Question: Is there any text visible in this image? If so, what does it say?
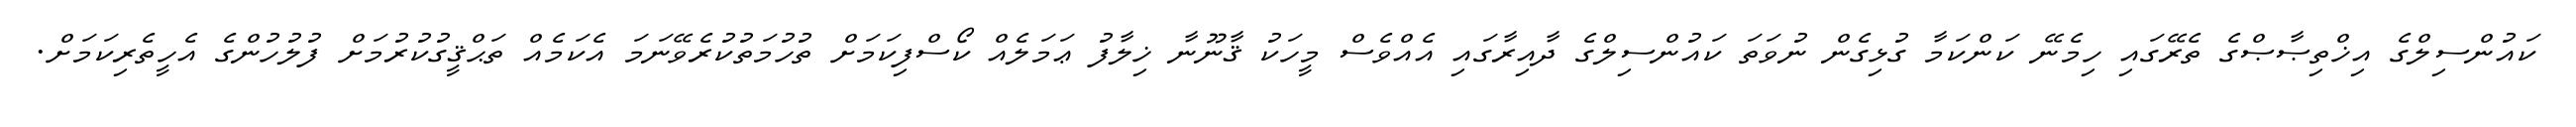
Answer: ކައުންސިލްގެ އިޚްތިޞާޞްގެ ތެރޭގައި ހިމެނޭ ކަންކަމާ ގުޅިގެން ނުވަތަ ކައުންސިލްގެ ދާއިރާގައި އެއްވެސް މީހަކު ޤާނޫނާ ޚިލާފު ޢަމަލެއް ކޯސްފިކަމަށް ތުހުމަތުކުރެވޭނަމަ އެކަމެއް ތަޙްޤީގުކުރުމަށް ފުލުހުންގެ އެހީތެރިކަމަށް.